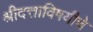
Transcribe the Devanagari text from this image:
श्रीदत्ताविषयीचे